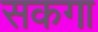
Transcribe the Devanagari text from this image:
सकगा